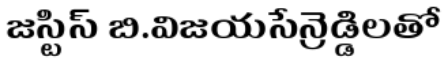
జస్టిస్ బి.విజయసేన్రెడ్డిలతో